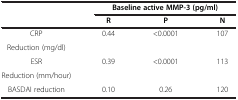
<table><thead><tr><td><b> </b></td><td colspan="3"><b>Baseline active MMP-3 (pg/ml)</b></td></tr><tr><td><b> </b></td><td><b>R</b></td><td><b>P</b></td><td><b>N</b></td></tr></thead><tbody><tr><td>CRP</td><td rowspan="2">0.44</td><td rowspan="2">&lt;0.0001</td><td rowspan="2">107</td></tr><tr><td>Reduction (mg/dl)</td></tr><tr><td>ESR</td><td rowspan="2">0.39</td><td rowspan="2">&lt;0.0001</td><td rowspan="2">113</td></tr><tr><td>Reduction (mm/hour)</td></tr><tr><td>BASDAI reduction</td><td>0.10</td><td>0.26</td><td>120</td></tr></tbody></table>